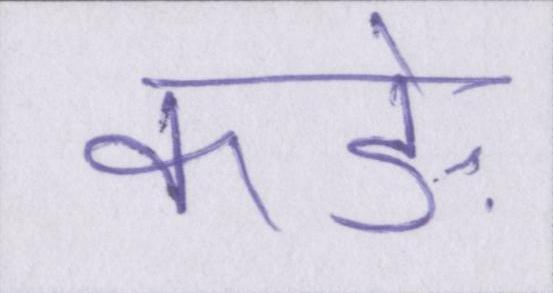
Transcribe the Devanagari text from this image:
कड़े